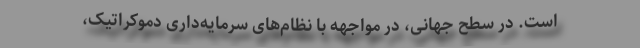
است. در سطح جهانی، در مواجهه با نظام‌های سرمایه‌داری‌ دموکراتیک،